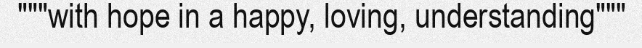
"""with hope in a happy, loving, understanding"""